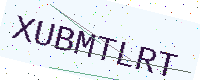
Text: XUBMTLRT